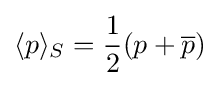
\langle p\rangle _{S}={\frac {1}{2}}(p+{\overline {p}})